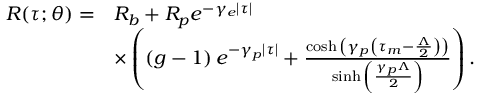
\begin{array} { r l } { R ( \tau ; \theta ) = } & { R _ { b } + R _ { p } e ^ { - \gamma _ { e } | \tau | } } \\ & { \times \left( \left( g - 1 \right) e ^ { - \gamma _ { p } | \tau | } + \frac { \cosh { \left( \gamma _ { p } \left( \tau _ { m } - \frac { \Lambda } { 2 } \right) \right) } } { \sinh { \left( \frac { \gamma _ { p } \Lambda } { 2 } \right) } } \right) . } \end{array}